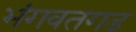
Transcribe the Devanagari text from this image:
भंगवतगड